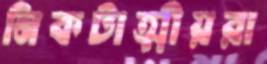
নিকটাত্মীয়রা